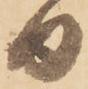
日